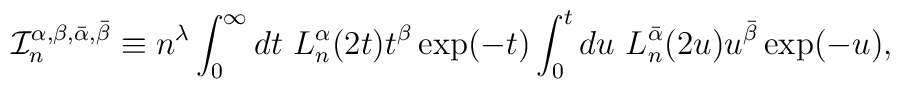
\mathcal{I}^{\alpha, \beta, \bar{\alpha},\bar{\beta}}_{n}\equiv n^{\lambda} \int_{0}^{\infty}dt \ L_{n}^{\alpha}(2t) t^{\beta}  \exp(-t) \int_{0}^{t}du \ L_{n}^{\bar{\alpha}}(2u) u^{\bar{\beta}}  \exp(-u),